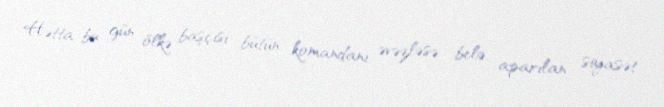
Hətta bu gün ölkə başçısı bütün komandanı əvəzləsə belə, aparılan siyasət